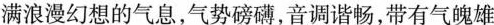
满浪漫幻想的气息，气势磅礴，音调谐畅，带有气魄雄